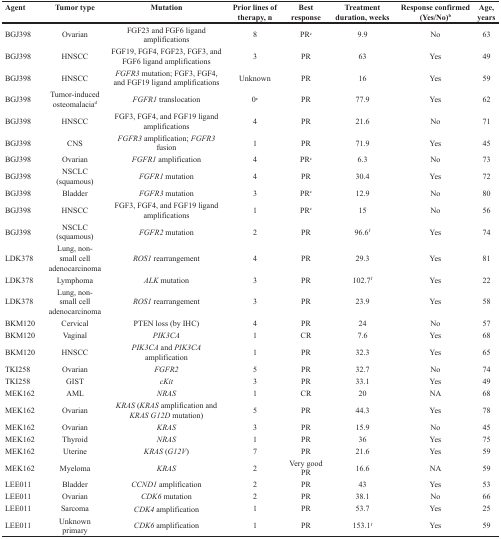
<table><thead><tr><td><b>Agent</b></td><td><b>Tumor type</b></td><td><b>Mutation</b></td><td><b>Prior lines of therapy, n</b></td><td><b>Best response</b></td><td><b>Treatment duration, weeks</b></td><td><b>Response confirmed (Yes/No)<sup>b</sup></b></td><td><b>Age, years</b></td></tr></thead><tbody><tr><td>BGJ398</td><td>Ovarian</td><td>FGF23 and FGF6 ligand amplifications</td><td>8</td><td>PR<sup>c</sup></td><td>9.9</td><td>No</td><td>63</td></tr><tr><td>BGJ398</td><td>HNSCC</td><td>FGF19, FGF4, FGF23, FGF3, and FGF6 ligand amplifications</td><td>3</td><td>PR</td><td>63</td><td>Yes</td><td>49</td></tr><tr><td>BGJ398</td><td>HNSCC</td><td><i>FGFR3</i> mutation; FGF3, FGF4, and FGF19 ligand amplifications</td><td>Unknown</td><td>PR</td><td>16</td><td>Yes</td><td>59</td></tr><tr><td>BGJ398</td><td>Tumor-induced osteomalacia<sup>d</sup></td><td><i>FGFR1</i> translocation</td><td>0<sup>e</sup></td><td>PR</td><td>77.9</td><td>Yes</td><td>62</td></tr><tr><td>BGJ398</td><td>HNSCC</td><td>FGF3, FGF4, and FGF19 ligand amplifications</td><td>4</td><td>PR</td><td>21.6</td><td>No</td><td>71</td></tr><tr><td>BGJ398</td><td>CNS</td><td><i>FGFR3</i> amplification; <i>FGFR3</i> fusion</td><td>1</td><td>PR</td><td>71.9</td><td>Yes</td><td>45</td></tr><tr><td>BGJ398</td><td>Ovarian</td><td><i>FGFR1</i> amplification</td><td>4</td><td>PR<sup>c</sup></td><td>6.3</td><td>No</td><td>73</td></tr><tr><td>BGJ398</td><td>NSCLC (squamous)</td><td><i>FGFR1</i> mutation</td><td>4</td><td>PR</td><td>30.4</td><td>Yes</td><td>72</td></tr><tr><td>BGJ398</td><td>Bladder</td><td><i>FGFR3</i> mutation</td><td>3</td><td>PR<sup>c</sup></td><td>12.9</td><td>No</td><td>80</td></tr><tr><td>BGJ398</td><td>HNSCC</td><td>FGF3, FGF4, and FGF19 ligand amplifications</td><td>1</td><td>PR<sup>c</sup></td><td>15</td><td>No</td><td>56</td></tr><tr><td>BGJ398</td><td>NSCLC (squamous)</td><td><i>FGFR2</i> mutation</td><td>2</td><td>PR</td><td>96.6<sup>f</sup></td><td>Yes</td><td>74</td></tr><tr><td>LDK378</td><td>Lung, non-small cell adenocarcinoma</td><td><i>ROS1</i> rearrangement</td><td>4</td><td>PR</td><td>29.3</td><td>Yes</td><td>81</td></tr><tr><td>LDK378</td><td>Lymphoma</td><td><i>ALK</i> mutation</td><td>3</td><td>PR</td><td>102.7<sup>f</sup></td><td>Yes</td><td>22</td></tr><tr><td>LDK378</td><td>Lung, non-small cell adenocarcinoma</td><td><i>ROS1</i> rearrangement</td><td>3</td><td>PR</td><td>23.9</td><td>Yes</td><td>58</td></tr><tr><td>BKM120</td><td>Cervical</td><td>PTEN loss (by IHC)</td><td>4</td><td>PR</td><td>24</td><td>No</td><td>57</td></tr><tr><td>BKM120</td><td>Vaginal</td><td><i>PIK3CA</i></td><td>1</td><td>CR</td><td>7.6</td><td>Yes</td><td>68</td></tr><tr><td>BKM120</td><td>HNSCC</td><td><i>PIK3CA</i> and <i>PIK3CA</i> amplification</td><td>1</td><td>PR</td><td>32.3</td><td>Yes</td><td>65</td></tr><tr><td>TKI258</td><td>Ovarian</td><td><i>FGFR2</i></td><td>5</td><td>PR</td><td>32.7</td><td>No</td><td>74</td></tr><tr><td>TKI258</td><td>GIST</td><td><i>cKit</i></td><td>3</td><td>PR</td><td>33.1</td><td>Yes</td><td>49</td></tr><tr><td>MEK162</td><td>AML</td><td><i>NRAS</i></td><td>1</td><td>CR</td><td>20</td><td>NA</td><td>68</td></tr><tr><td>MEK162</td><td>Ovarian</td><td><i>KRAS</i> (<i>KRAS</i> amplification and <i>KRAS G12D</i> mutation)</td><td>5</td><td>PR</td><td>44.3</td><td>Yes</td><td>78</td></tr><tr><td>MEK162</td><td>Ovarian</td><td><i>KRAS</i></td><td>3</td><td>PR</td><td>15.9</td><td>No</td><td>45</td></tr><tr><td>MEK162</td><td>Thyroid</td><td><i>NRAS</i></td><td>1</td><td>PR</td><td>36</td><td>Yes</td><td>75</td></tr><tr><td>MEK162</td><td>Uterine</td><td><i>KRAS</i> (<i>G12V</i>)</td><td>7</td><td>PR</td><td>21.6</td><td>Yes</td><td>59</td></tr><tr><td>MEK162</td><td>Myeloma</td><td><i>KRAS</i></td><td>2</td><td>Very good PR</td><td>16.6</td><td>NA</td><td>59</td></tr><tr><td>LEE011</td><td>Bladder</td><td><i>CCND1</i> amplification</td><td>2</td><td>PR</td><td>43</td><td>Yes</td><td>53</td></tr><tr><td>LEE011</td><td>Ovarian</td><td><i>CDK6</i> mutation</td><td>2</td><td>PR</td><td>38.1</td><td>No</td><td>66</td></tr><tr><td>LEE011</td><td>Sarcoma</td><td><i>CDK4</i> amplification</td><td>1</td><td>PR</td><td>53.7</td><td>Yes</td><td>25</td></tr><tr><td>LEE011</td><td>Unknown primary</td><td><i>CDK6</i> amplification</td><td>1</td><td>PR</td><td>153.1<sup>f</sup></td><td>Yes</td><td>59</td></tr></tbody></table>